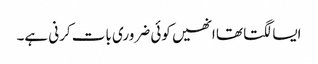
ایسا لگتا تھا انھیں کوئی ضروری بات کرنی ہے۔